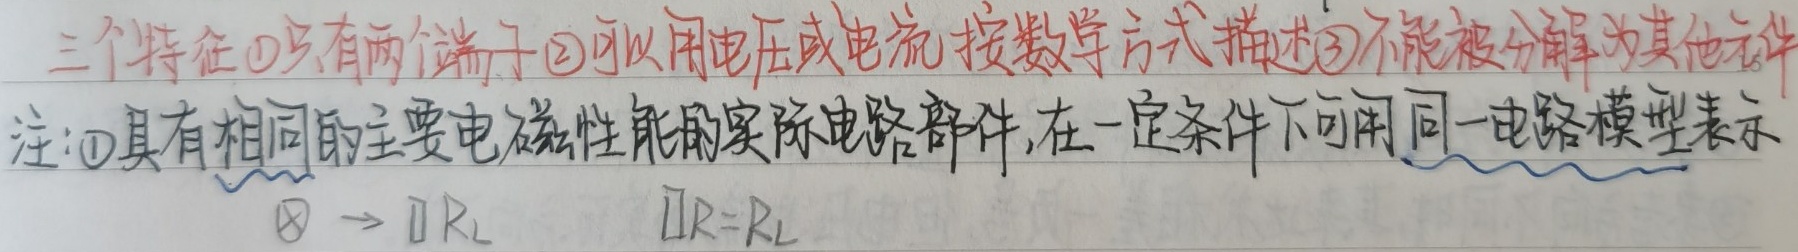
三个特征：
\textcircled{1}只有两个端子
\textcircled{2}可以用电压或电流按数学方式描述
\textcircled{3}不能被分解为其他元件

注：\textcircled{1}具有相同的主要电磁性能的实际电路部件，在一定条件下可用同一电路模型表示
$\bigotimes\rightarrow\square R_{L}$ $\square R = R_{L}$